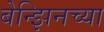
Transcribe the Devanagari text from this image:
बेन्झिनच्या